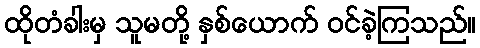
ထိုတံခါးမှ သူမတို့ နှစ်ယောက် ဝင်ခဲ့ကြသည်။